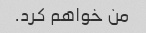
من خواهم کرد.